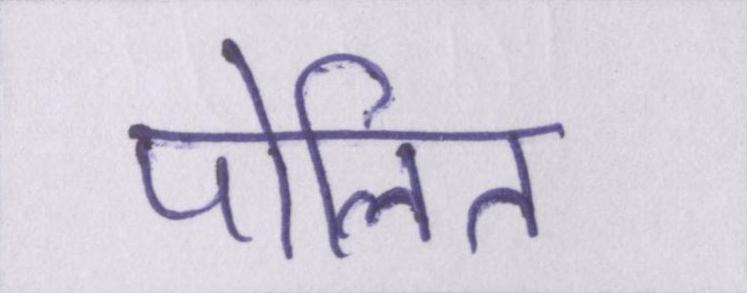
पोलित